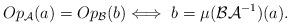
LaTeX: \begin{align*}Op_{\mathcal{A}}(a)=Op_\mathcal{B}(b)\Longleftrightarrow\,\,b=\mu(\mathcal{B}\mathcal{A}^{-1})(a).\end{align*}